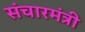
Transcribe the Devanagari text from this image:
संचारमंत्री